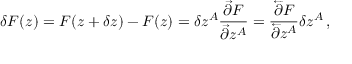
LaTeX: \delta F ( z ) = F ( z + \delta z ) - F ( z ) = \delta z ^ { A } \frac { \vec { \partial } F } { \vec { \partial } z ^ { A } } = \frac { \overleftarrow { \partial } F } { \overleftarrow { \partial } z ^ { A } } \delta z ^ { A } \, ,